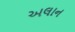
અલાન